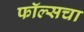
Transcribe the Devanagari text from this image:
फॉल्सचा